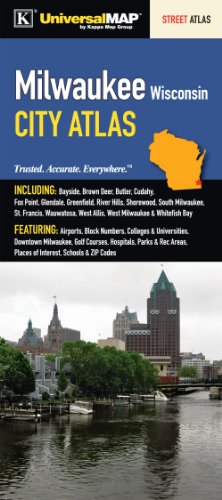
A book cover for Milwaukee, WI Street Atlas; Kappa Map Group; Travel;